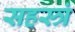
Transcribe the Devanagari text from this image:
सहस्त्रं